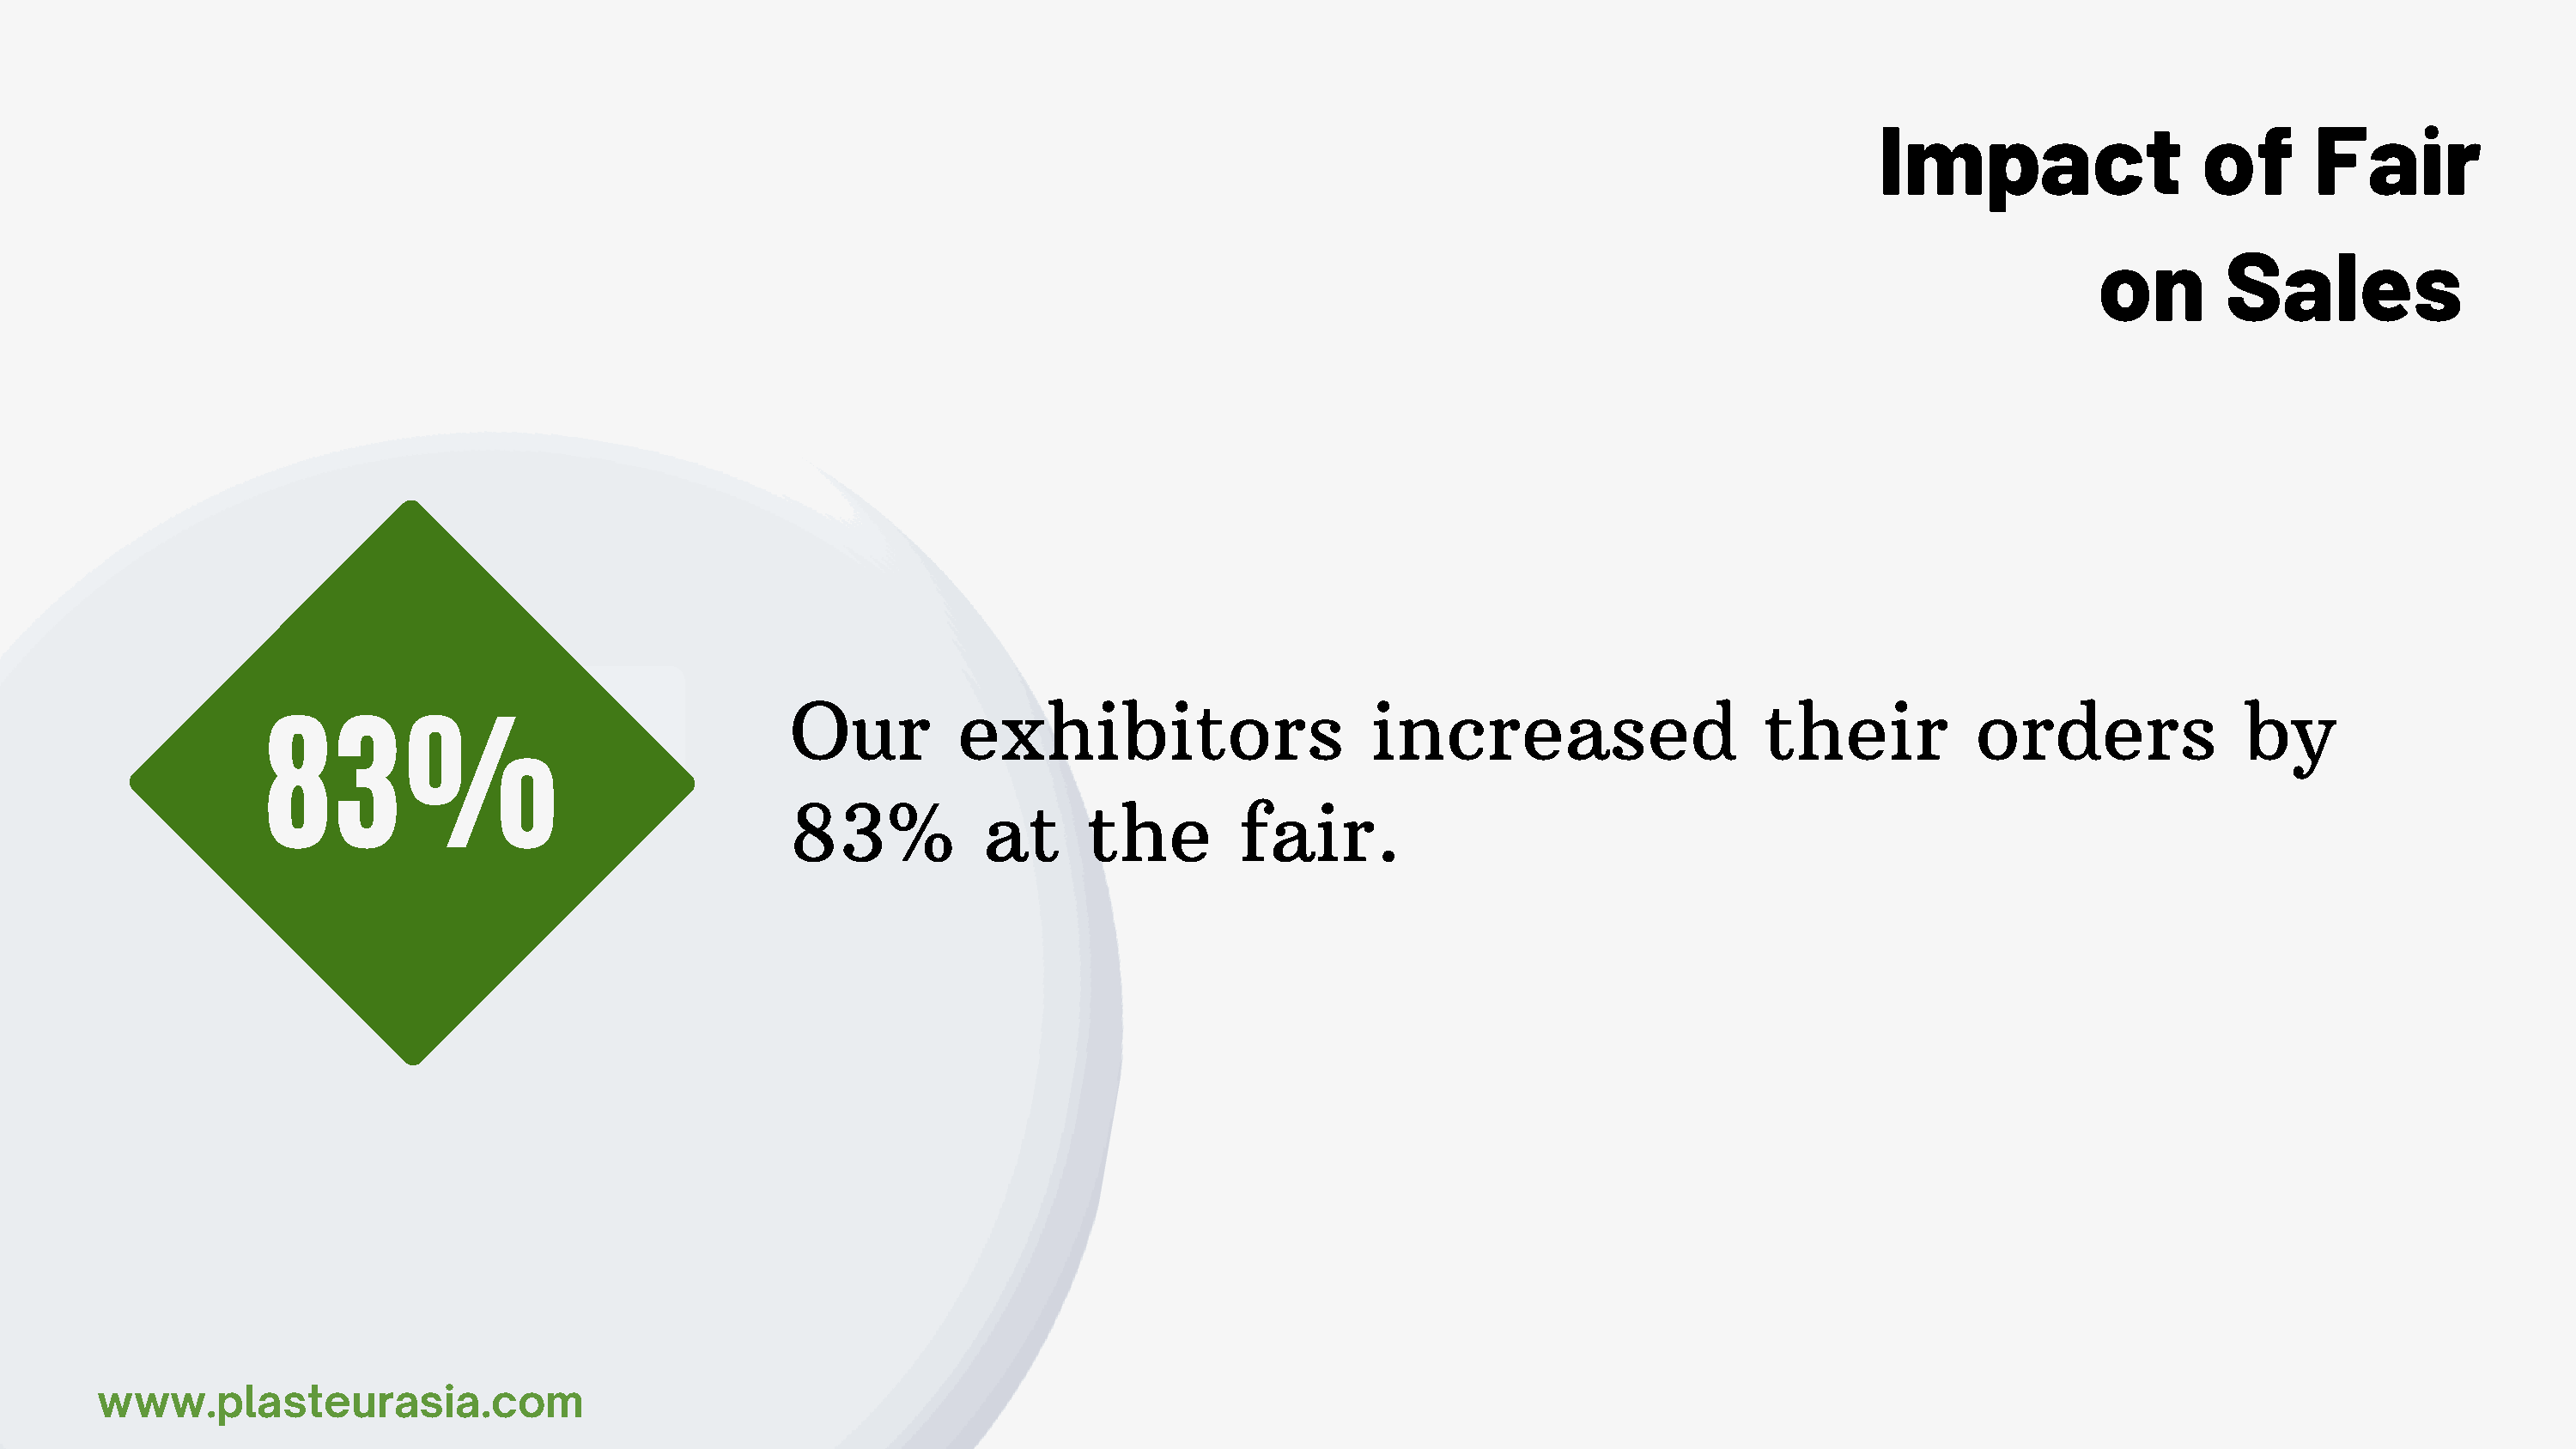
Impact                   of      Far
 on        Sales
 Our          exhibitors                      increased                     their           orders               by
 83%
 83%            at      the        fair.
 www.plasteurasa.com